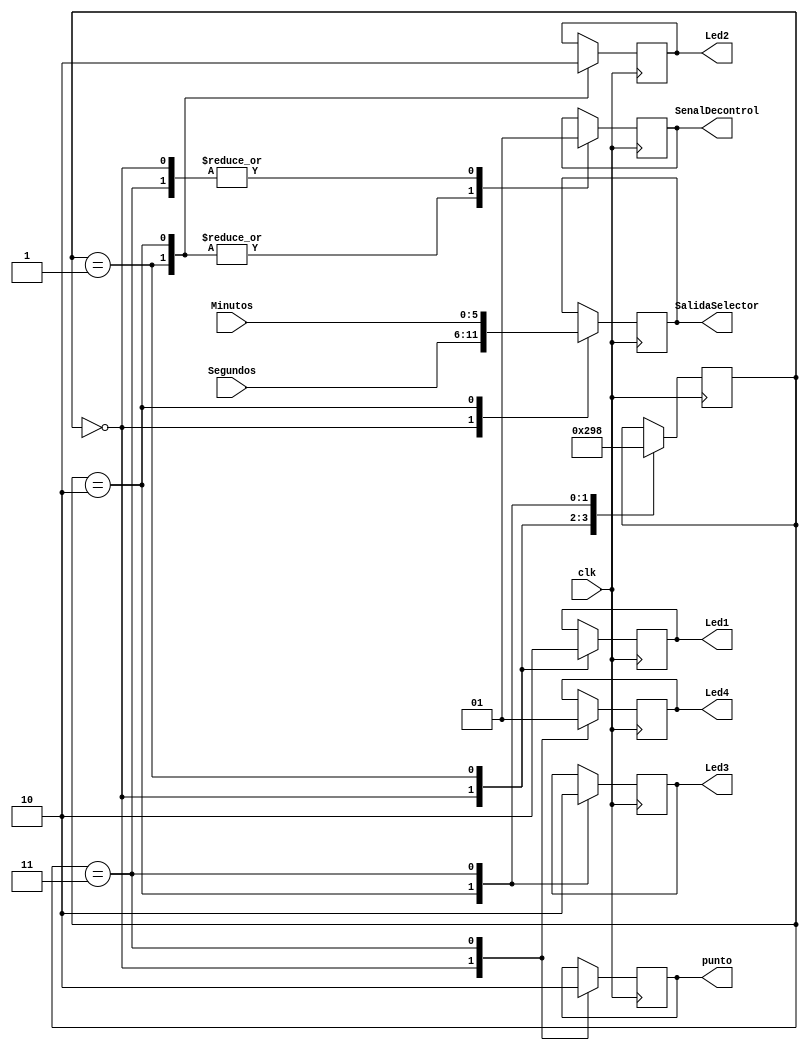
module selector (
input clk,
input [5:0] Segundos,
input [5:0] Minutos,
output reg [5:0] SalidaSelector,
output reg SenalDecontrol,
output reg Led1,
output reg Led2,
output reg Led3,
output reg Led4,
output reg punto
);

reg [2:0] count;

initial
begin
  punto=1;
  Led1=0;
  Led2=0;
  Led3=0;
  Led4=0;
  count=0;
end

always@ (posedge clk) begin
	case (count)
	0:
	begin
		SalidaSelector <= Segundos;
		SenalDecontrol<=1;
		punto<=1;
		Led4 <=0;
		Led1 <=1;
		count <=1;
	end
	1:
	begin
		SenalDecontrol<=0;
		Led1 <=0;
		Led2 <=1;
		count <=2;
	end
	
	2:
	begin
		SalidaSelector <= Minutos;
		SenalDecontrol<=0;
		Led2 <=0;
		Led3 <=1;
		count <=3;
	end
	3:
	begin
		SenalDecontrol<=1;
		punto<=0;
		Led3 <=0;
		Led4 <=1;
		count <=0;
	end
	endcase
end


endmodule